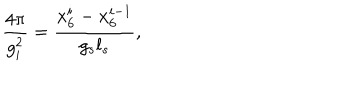
LaTeX: \frac { 4 \pi } { g _ { i } ^ { 2 } } = \frac { x _ { 6 } ^ { i } - x _ { 6 } ^ { i - 1 } } { g _ { s } l _ { s } } ,